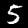
Digit: 5